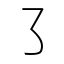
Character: ㇌